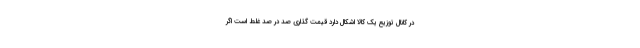
در کانال توزیع یک کالا اشکال دارد قیمت گذاری صد در صد غلط است اگر